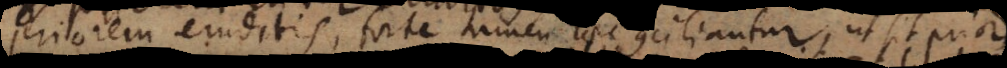
priorem eruditis, forte tamen haec conciliantur, ut sit prior